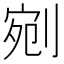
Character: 剜